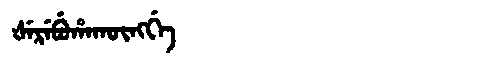
Manchu: ᡧᡝᡵᡝᠪᡠᡥᠠᡴᡡᠩᡤᡝ
Romanization: ŠEREBUHAKŪNGGE